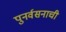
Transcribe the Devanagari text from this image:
पुनर्वसनाची